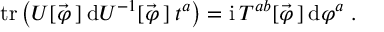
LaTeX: \mathrm { t r } \left( U [ \vec { \varphi } \, ] \: \mathrm { d } U ^ { - 1 } [ \vec { \varphi } \, ] \: t ^ { a } \right) = \mathrm { i } \: T ^ { a b } [ \vec { \varphi } \, ] \, \mathrm { d } \varphi ^ { a } \; .